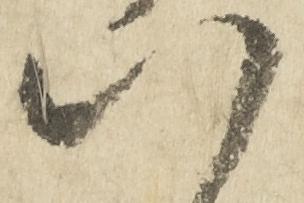
八